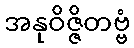
အနုဝိဇ္ဇိတဗ္ဗံ